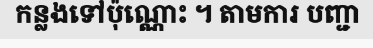
កន្លងទៅប៉ុណ្ណោះ ។ តាមការ បញ្ជា